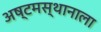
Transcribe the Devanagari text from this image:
अष्टमस्थानाला